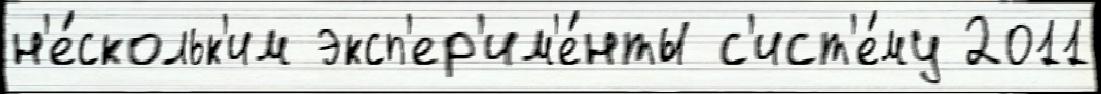
н'е́скольк'им эксп'ер'им'е́нты с'ист'е́му 2011